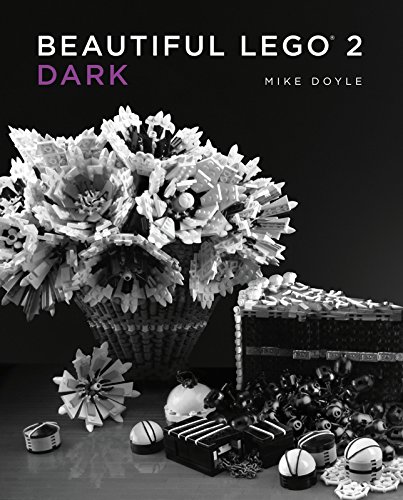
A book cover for Beautiful LEGO 2: Dark; Mike Doyle; Crafts, Hobbies & Home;